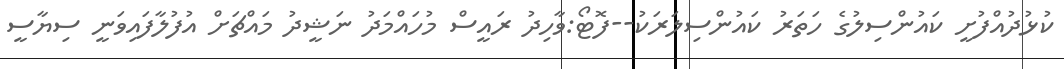
ކުޅުދުއްފުށީ ކައުންސިލުގެ ހަތަރު ކައުންސިލަރަކު--ފޮޓޯ:ވާހިދު ރައީސް މުހައްމަދު ނަޝީދު މައްޗަށް އުފުލާފައިވަނީ ސިޔާސީ